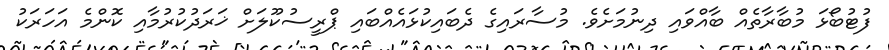
ފުޓުބޯޅަ މުބާރާތެއް ބާއްވައި ދިނުމަށެވެ. މުސާރައިގެ ދެބައިކުޅައެއްބައި ޕްރީސުކޫލަށް ޚަރަދުކުރުމާއި ކޮންމެ އަހަރަކު